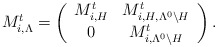
\begin{align*}M^t_{i,\Lambda} = \left( \begin{array}{cc} M^t_{i, H} & M^t_{i, H, \Lambda^0 \setminus H} \\ 0 & M^t_{i, \Lambda^0 \setminus H} \end{array} \right).\end{align*}